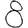
Digit: 8